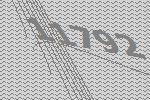
11792